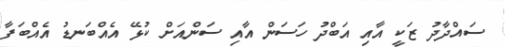
ސައްދާދު ޒަކީ އާއި އަބްދު ހަސަން އާއި ސަންއަށް ކުޅޭ އެއްބަނޑު އެއްބަފާ